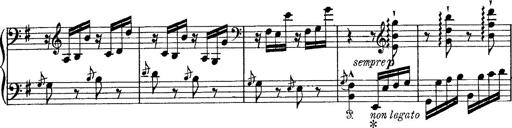
Title: Tarantelle di bravura dâ€™aprÃ¨s la tarantelle de La muette de Portici
Composer: Franz Liszt